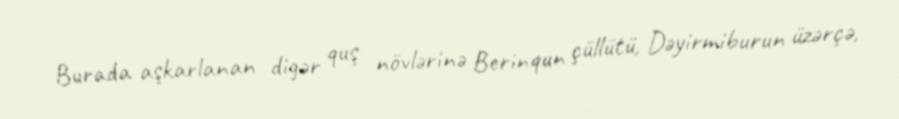
Burada aşkarlanan digər quş növlərinə Berinqun çüllütü, Dəyirmiburun üzərçə,